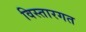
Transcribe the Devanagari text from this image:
विस्तारगत